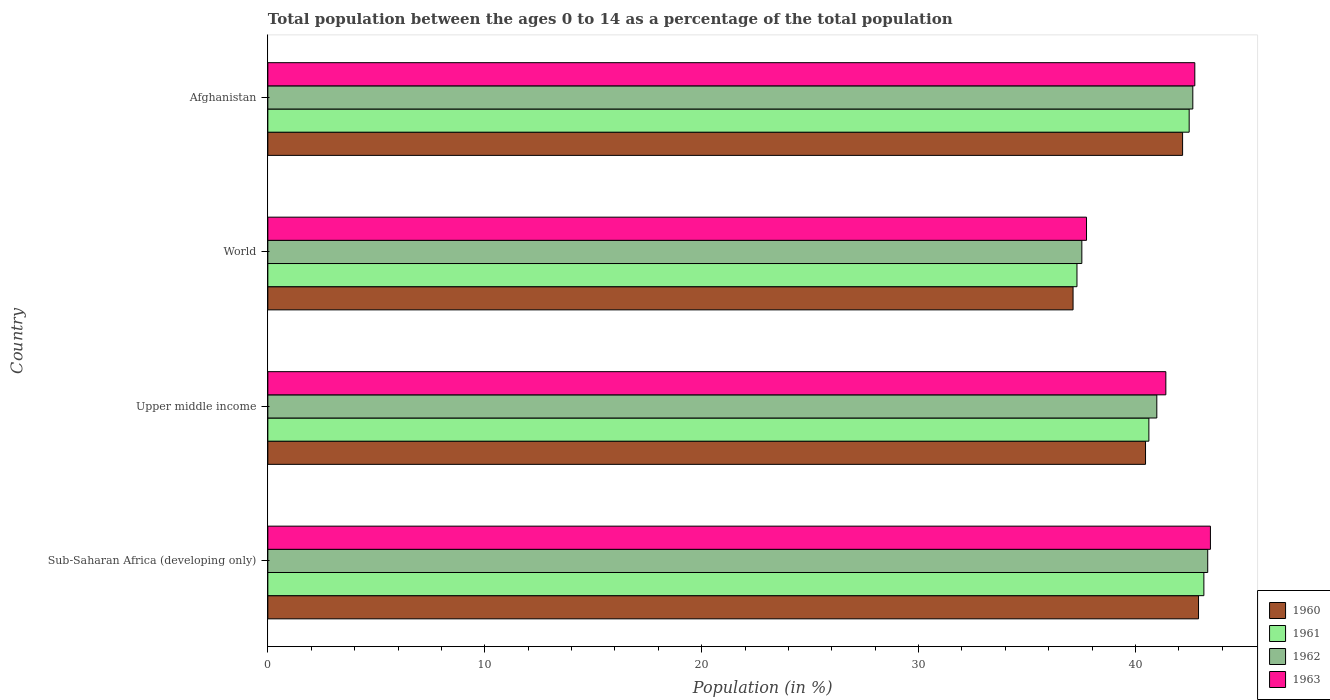
| Country | 1960 | 1961 | 1962 | 1963 |
 | --- | --- | --- | --- | --- |
 | Sub-Saharan Africa (developing only) | 42.9 | 43.2 | 43.3 | 43.5 |
 | Upper middle income | 40.5 | 40.6 | 41 | 41.4 |
 | World | 37.1 | 37.3 | 37.5 | 37.7 |
 | Afghanistan | 42.2 | 42.5 | 42.6 | 42.7 |